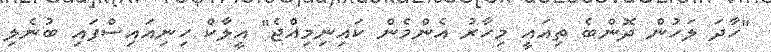
"ހާދަ ލަހުން ދޮންބެ ތިއައީ މިހާރު އެންމެން ކައިނިމިއްޖެ" އީލާކް ހިނިއައިސްފައި ބުނެލި